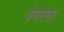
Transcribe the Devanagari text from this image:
पंचरंगा